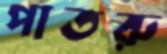
পাতরু